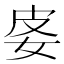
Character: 𡛬